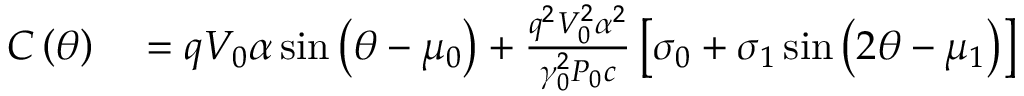
\begin{array} { r l } { C \left( \theta \right) } & { { } = q V _ { 0 } \alpha \sin \left( \theta - \mu _ { 0 } \right) + \frac { q ^ { 2 } V _ { 0 } ^ { 2 } \alpha ^ { 2 } } { \gamma _ { 0 } ^ { 2 } P _ { 0 } c } \left[ \sigma _ { 0 } + \sigma _ { 1 } \sin \left( 2 \theta - \mu _ { 1 } \right) \right] } \end{array}